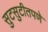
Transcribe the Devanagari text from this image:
सुटसुटीतपणे